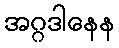
အဂ္ဂဒါနေန